Calcutta medical institutions reports 1892-1900
Year: 1892
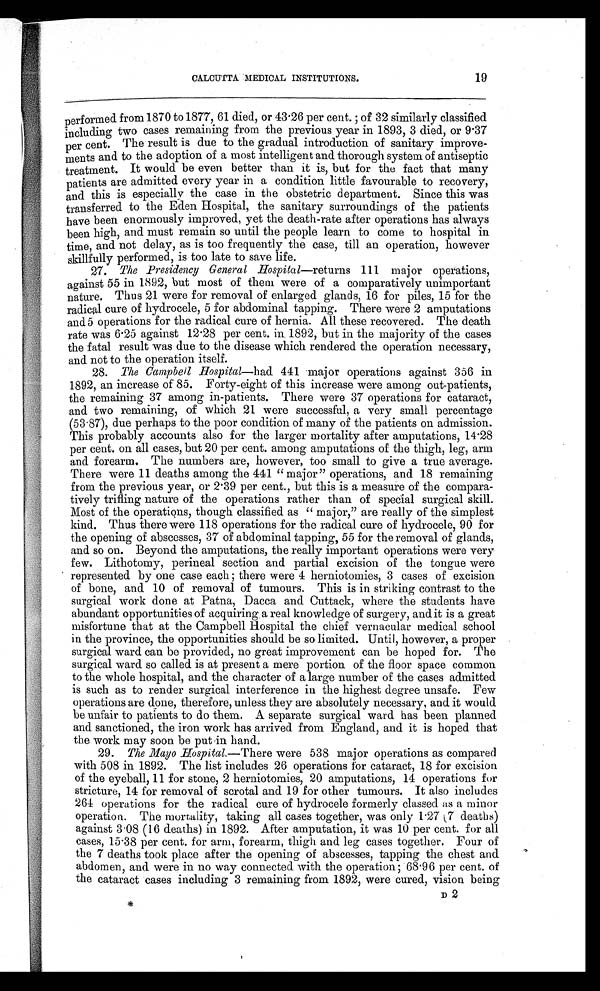
CALCUTTA MEDICAL INSTITUTIONS.
19
performed from 1870 to 1877, 61 died, or 43.26 per cent.; of 32 similarly classified
including two cases remaining from the previous year in 1893, 3 died, or 9.37
per cent. The result is due to the gradual introduction of sanitary improve-
ments and to the adoption of a most intelligent and thorough system of antiseptic
treatment. It would be even better than it is, but for the fact that many
patients are admitted every year in a condition little favourable to recovery,
and this is especially the case in the obstetric department. Since this was
transferred to the Eden Hospital, the sanitary surroundings of the patients
have been enormously improved, yet the death-rate after operations has always
been high, and must remain so until the people learn to come to hospital in
time, and not delay, as is too frequently the case, till an operation, however
skillfully performed, is too late to save life.
27. The Presidency General Hospital —returns 111 major operations,
against 55 in 1892, but most of them were of a comparatively unimportant
nature. Thus 21 were for removal of enlarged glands, 16 for piles, 15 for the
radical cure of hydrocele, 5 for abdominal tapping. There were 2 amputations
and 5 operations for the radical cure of hernia. All these recovered. The death
rate was 6.25 against 12.28 per cent. in. 1892, but in the majority of the cases
the fatal result was due to the disease which rendered the operation necessary,
and not to the operation itself.
28. The Campbell Hospital—had 441 major operations against 356 in
1892, an increase of 85. Forty-eight of this increase were among out-patients,
the remaining 37 among in-patients. There were 37 operations for cataract,
and two remaining, of which 21 were successful, a very small percentage
(53.87), due perhaps to the poor condition of many of the patients on admission.
This probably accounts also for the larger mortality after amputations, 14.28
per cent. on all cases, but 20 per cent. among amputations of the thigh, leg, arm
and forearm. The numbers are, however, too small to give a true average.
There were 11 deaths among the 441 "major" operations, and 18 remaining
from the previous year, or 2.39 per cent., but this is a measure of the compara-
tively trifling nature of the operations rather than of special surgical skill.
Most of the operations, though classified as "major," are really of the simplest
kind. Thus there were 118 operations for the radical cure of hydrocele, 90 for
the opening of abscesses, 37 of abdominal tapping, 55 for the removal of glands,
and so on. Beyond the amputations, the really important operations were very
few. Lithotomy, perineal section and partial excision of the tongue were
r epr esent ed by one case each; t her e wer e 4 her ni ot omi es, 3 cases of exci si on
of bone, and 10 of removal of tumours. This is in striking contrast to the
surgical work done at Patna, Dacca and Cuttack, where the students have
abundant opportunities of acquiring, a real knowledge of surgery, and it is a great
misfortune that at the Campbell Hospital the chief vernacular medical school
in the province, the opportunities should be so limited. Until, however, a proper
surgical ward can be provided, no great improvement can be hoped for. The
surgical ward so called is at present a mere portion of the floor space common
to the whole hospital, and the character of a large number of the cases admitted
is such as to render surgical interference in the highest degree unsafe. Few
operations are done, therefore, unless they are absolutely necessary, and it would
be unfair to patients to do them. A separate surgical ward has been planned
and sanctioned, the iron work has arrived from England, and it is hoped that
the work may soon be put in hand.
29. The Mayo Hospital.—There were 538 major operations as compared
with 508 in 1892. The list includes 26 operations for cataract, 18 for excision
of the eyeball, 11 for stone, 2 herniotomies, 20 amputations, 14 operations for
stricture, 14 for removal of scrotal and 19 for other tumours. It also includes
264 operations for the radical cure of hydrocele formerly classed as a minor
operation. The mortality, taking all cases together, was only 1.27 (7 deaths)
against 3.08 (16 deaths) in 1892. After amputation, it was 10 per cent. for all
cases, 15.38 per cent. for arm, forearm, thigh and leg cases together. Four of
the 7 deaths took place after the opening of abscesses, tapping the chest and
abdomen, and were in no way connected with the operation; 68.96 per cent. of
the cataract cases including 3 remaining from 1892, were cured, vision being
< s u p > * < / s u p >
D 2